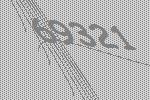
69321